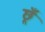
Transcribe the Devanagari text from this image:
छूँ